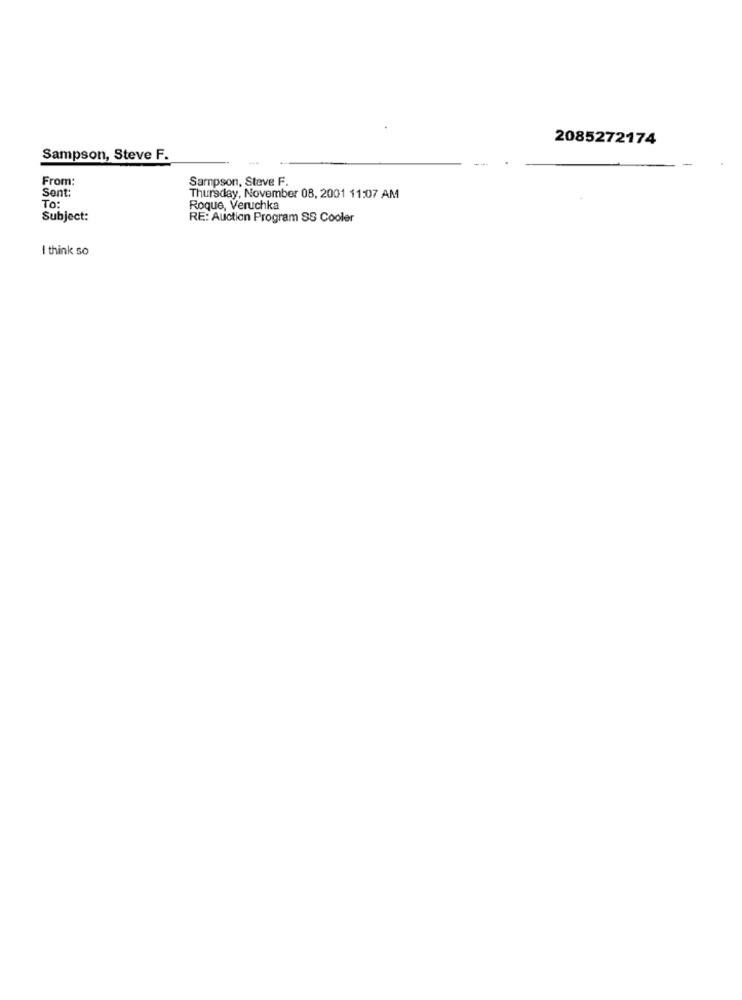
2085272174
Sampson, Steve F.
From:
Sampson, Steve F.
Sent:
Thursday, November 08, 2001 11:07 AM
To:
Roque, Veruchka
Subject:
RE: Auction Program SS Cooler
I think so